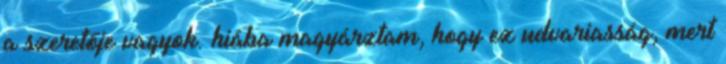
a szeretője vagyok. hiába magyárztam, hogy ez udvariasság, mert